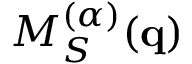
M _ { S } ^ { ( \alpha ) } ( \mathbf { q } )